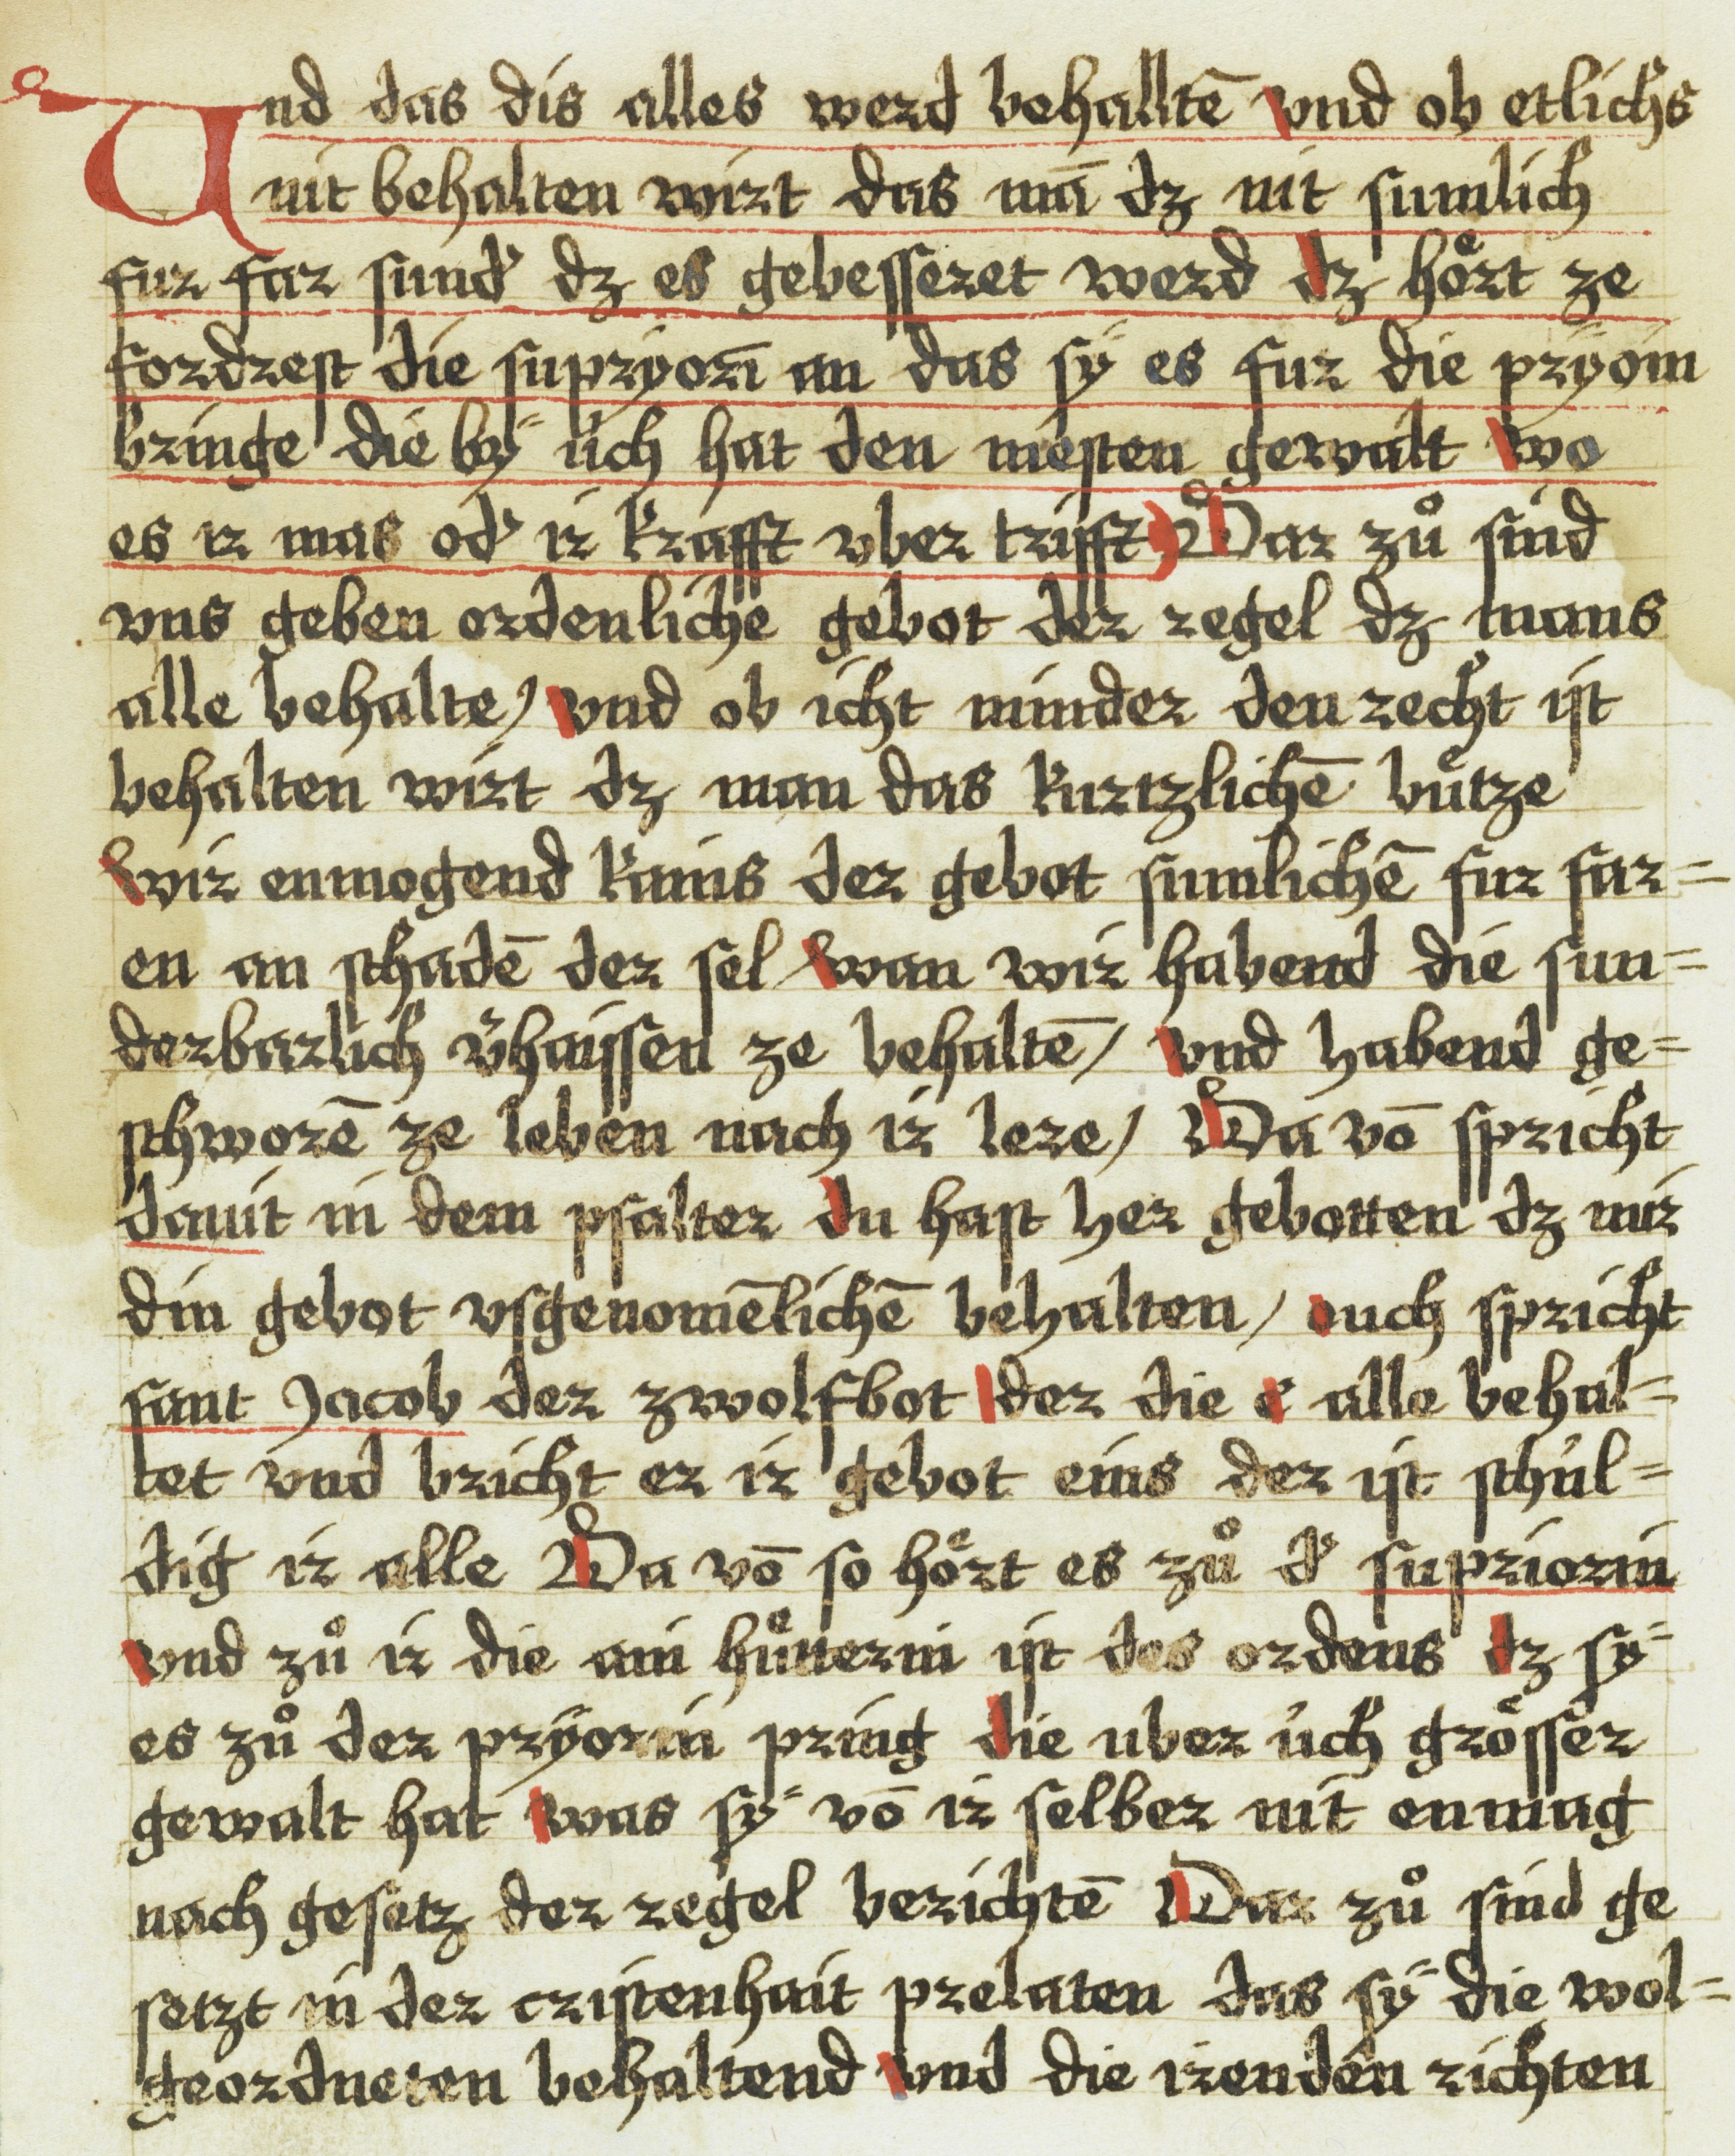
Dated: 1543–1543